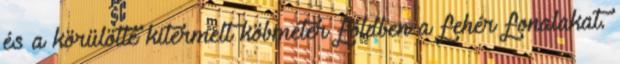
és a körülötte kitermelt köbméter földben a fehér fonalakat.